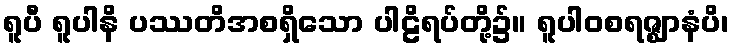
ရူပီ ရူပါနိ ပဿတိအစရှိသော ပါဠိရပ်တို့၌။ ရူပါဝစရဇ္ဈာနံပိ၊